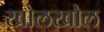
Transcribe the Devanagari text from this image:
खोलखोल